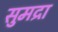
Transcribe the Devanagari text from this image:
सुमद्रा